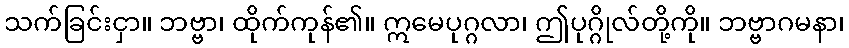
သက်ခြင်းငှာ။ ဘဗ္ဗာ၊ ထိုက်ကုန်၏။ ဣမေပုဂ္ဂလာ၊ ဤပုဂ္ဂိုလ်တို့ကို။ ဘဗ္ဗာဂမနာ၊